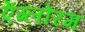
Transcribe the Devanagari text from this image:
ऐंग्लोरम